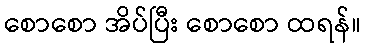
စောစော အိပ်ပြီး စောစော ထရန်။